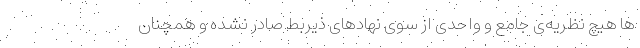
ها هیچ نظریه‌ی جامع و واحدی از سوی نهادهای ذیربط صادر نشده و همچنان